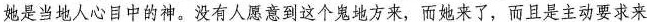
她是当地人心目中的神。没有人愿意到这个鬼地方来，而她来了，而且是主动要求来